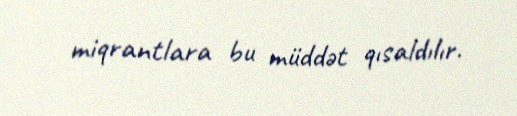
miqrantlara bu müddət qısaldılır.